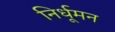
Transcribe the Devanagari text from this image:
निर्धूमन